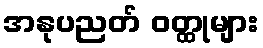
အနုပညတ် ဝတ္ထုများ